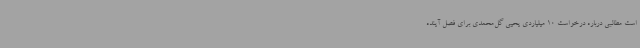
است مطالبی درباره درخواست 10 میلیاردی یحیی گل‌محمدی برای فصل آینده